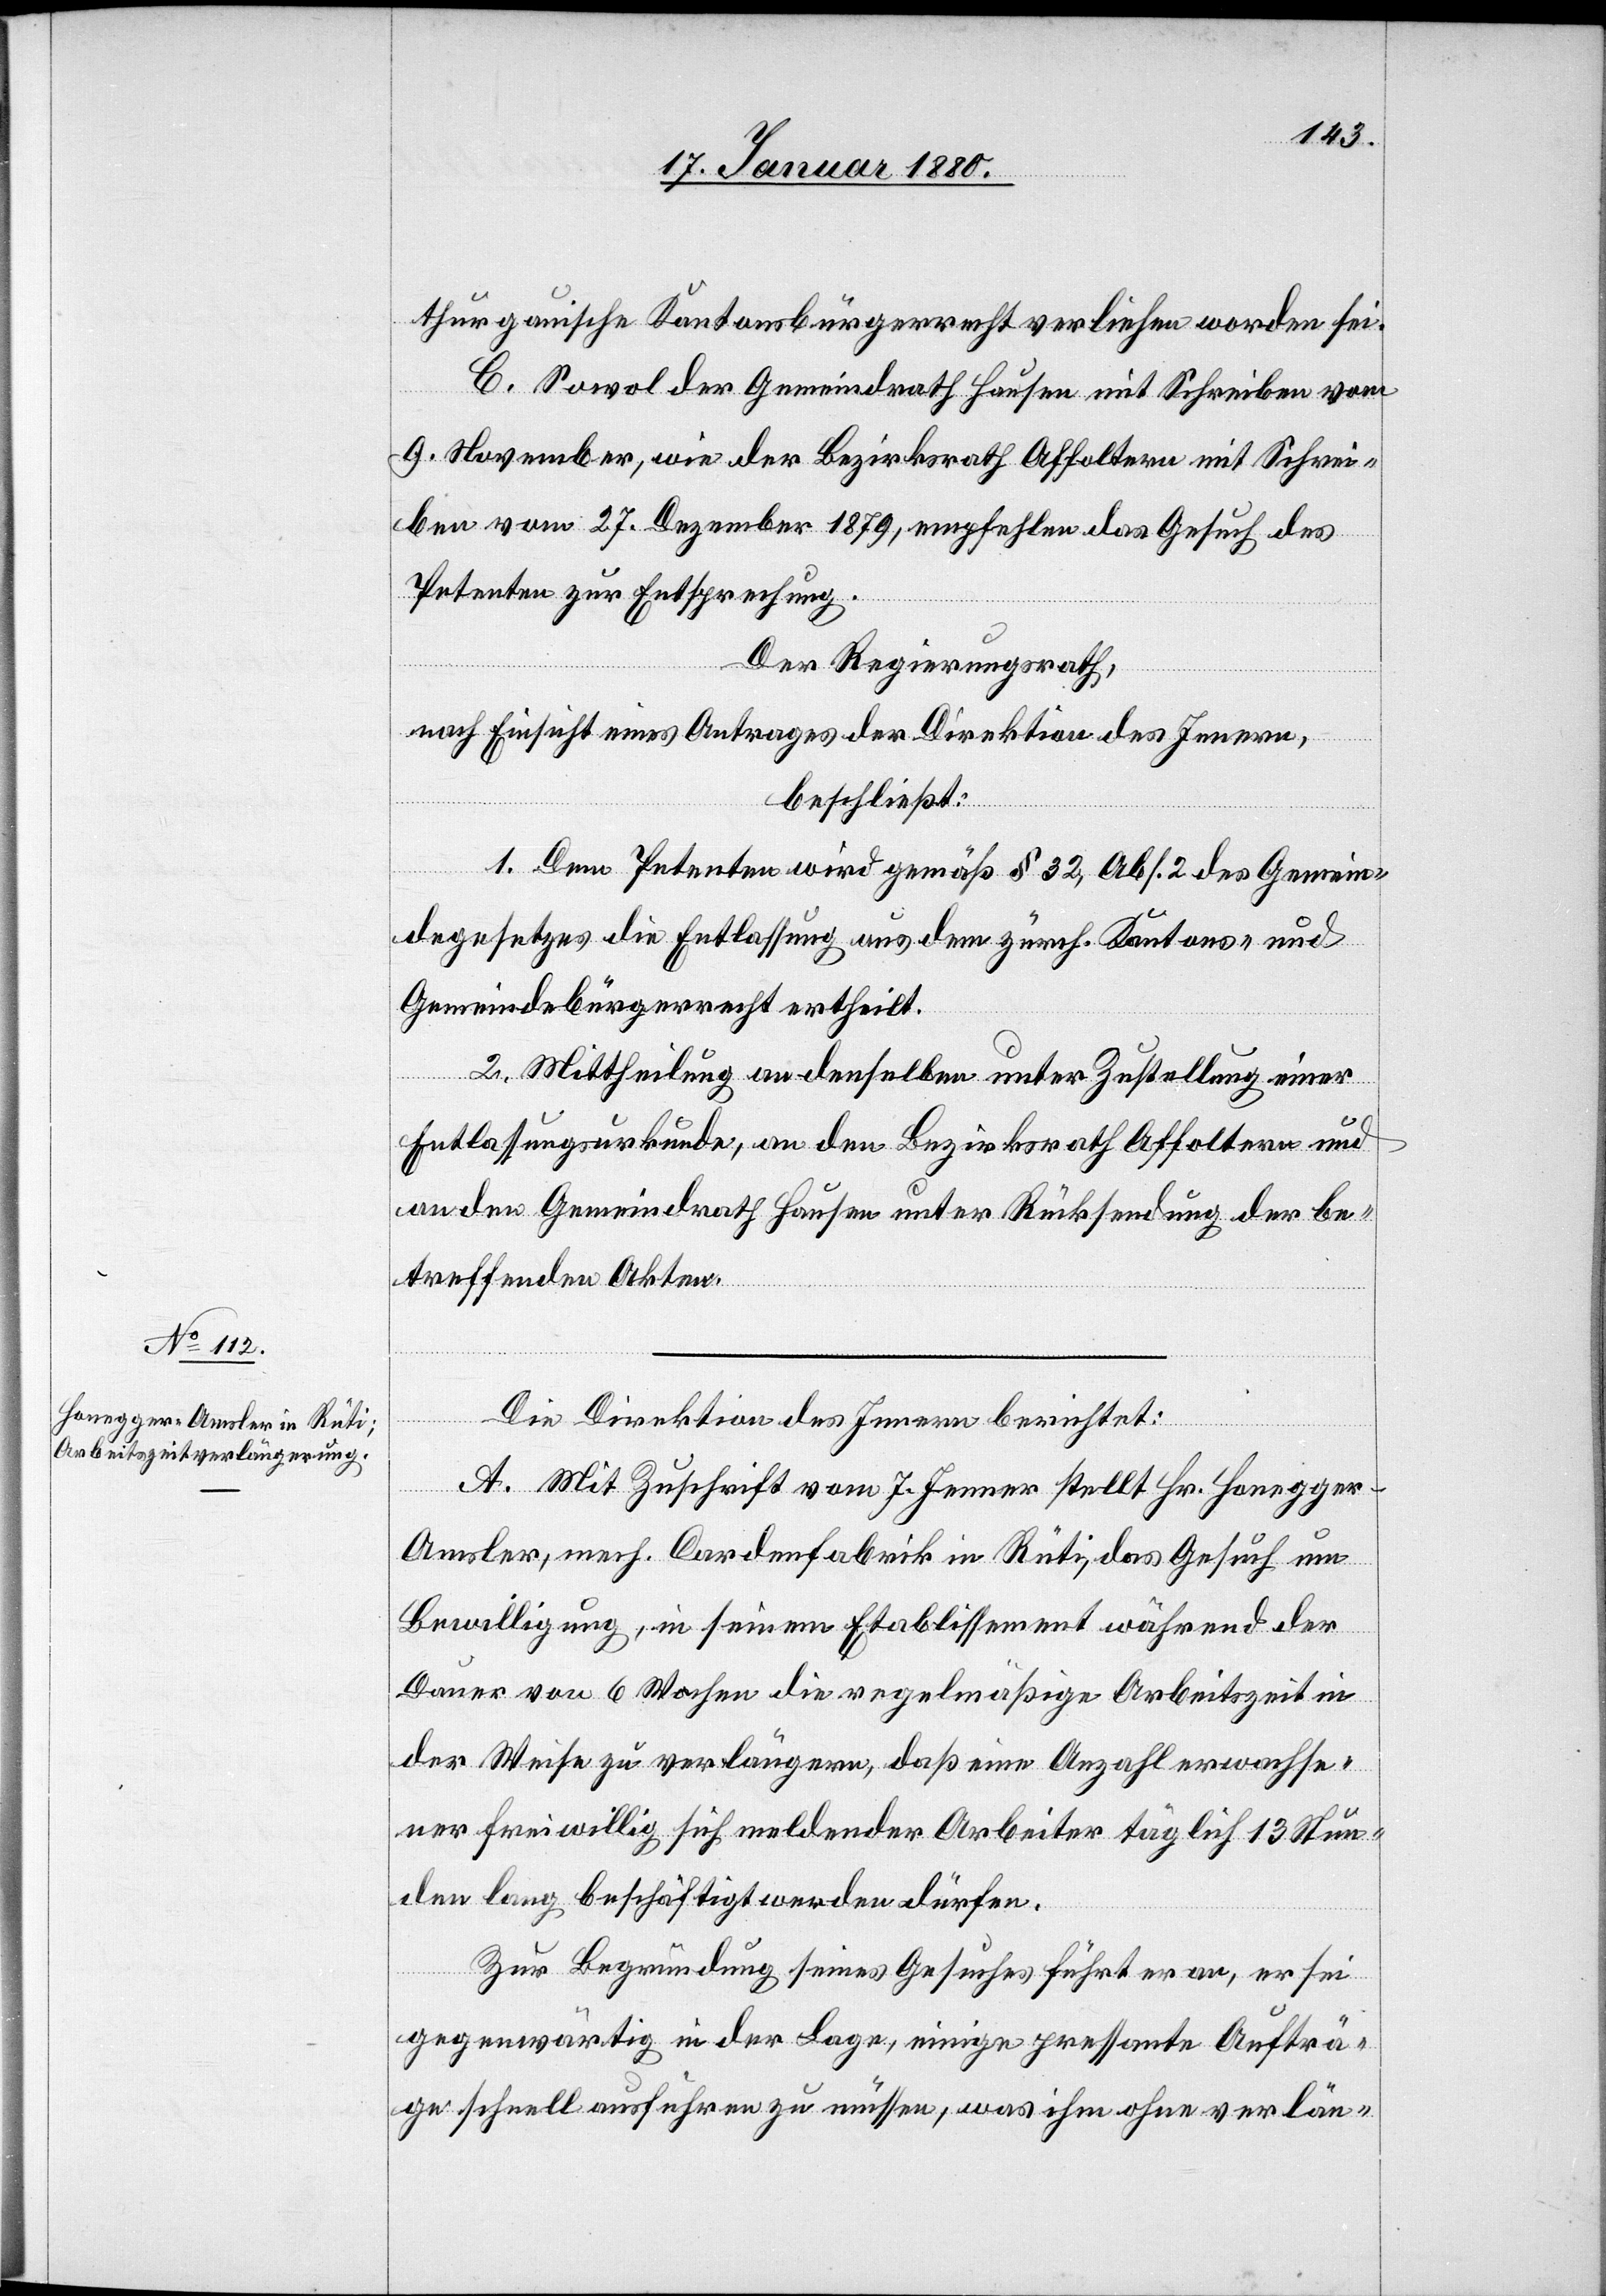
thurgauische Kantonsbürgerrecht verliehen worden sei.
C. Sowol der Gemeindrath Hausen mit Schreiben vom
9. November, wie der Bezirksrath Affoltern mit Schrei¬
ben vom 27. Dezember 1879, empfehlen das Gesuch des
Petenten zur Entsprechung.
Der Regierungsrath,
nach Einsicht eines Antrages der Direktion des Innern,
beschließt:
1. Dem Petenten wird gemäß § 32, Abs. 2 des Gemein¬
degesetzes die Entlassung aus dem zürch. Kantons- und
Gemeindebürgerrecht ertheilt.
2. Mittheilung an denselben unter Zustellung einer
Entlassungsurkunde, an den Bezirksrath Affoltern und
an den Gemeindrath Hausen unter Rücksendung der be¬
treffenden Akten.
Die Direktion des Innern berichtet:
A. Mit Zuschrift vom 7. Jenner stellt Hr. Honegger
Amsler, mech. Cardenfabrik in Rüti, das Gesuch um
Bewilligung, in seinem Etablissement während der
Dauer von 6 Wochen die regelmäßigen Arbeitszeiten in
der Weise zu verlängern, daß eine Anzahl erwachse¬
ner freiwillig sich meldender Arbeiter täglich 13 Stun¬
den lang beschäftigt werden dürfen.
Zur Begründung seines Gesuches führt er an, er sei
gegenwärtig in der Lage, einige pressante Aufträ¬
ge schnell ausfertigen zu müssen, was ihm ohne verlän-